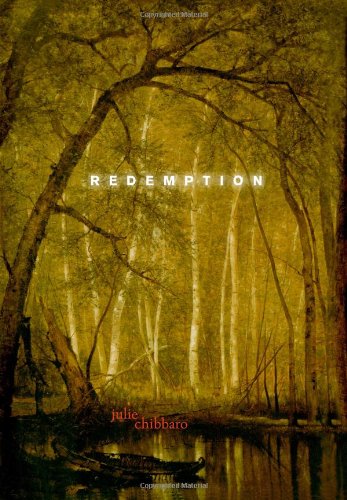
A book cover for Redemption; Julie Chibbaro; Teen & Young Adult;